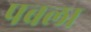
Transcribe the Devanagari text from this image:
पबला